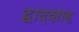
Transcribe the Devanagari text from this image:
द्वादशाह